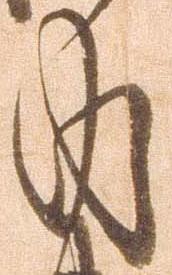
内